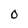
Character: O